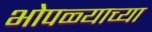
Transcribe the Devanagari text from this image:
भोपळ्याच्या